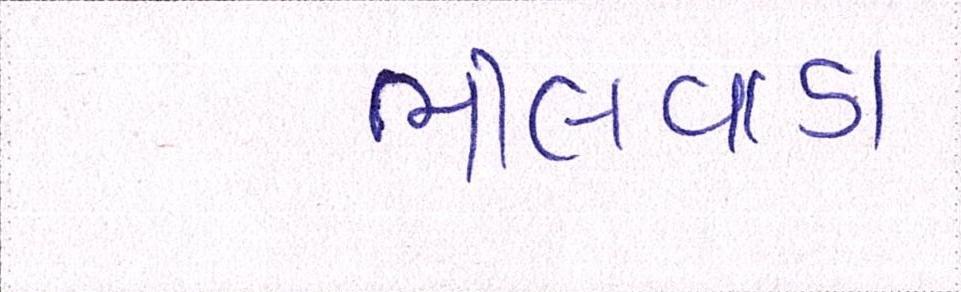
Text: ભીલવાડા